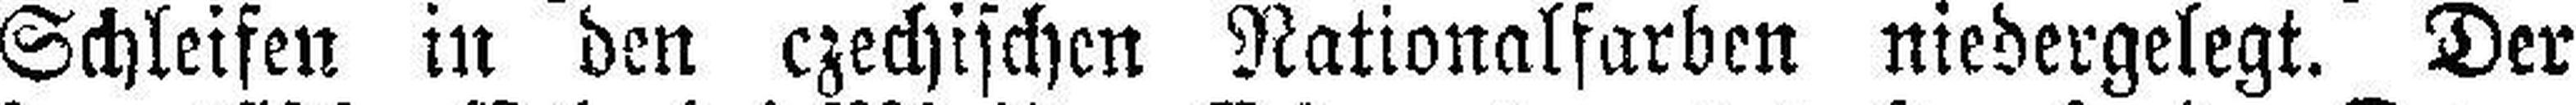
Schleifen in den czechischen Nationalfarben niedergelegt. Der